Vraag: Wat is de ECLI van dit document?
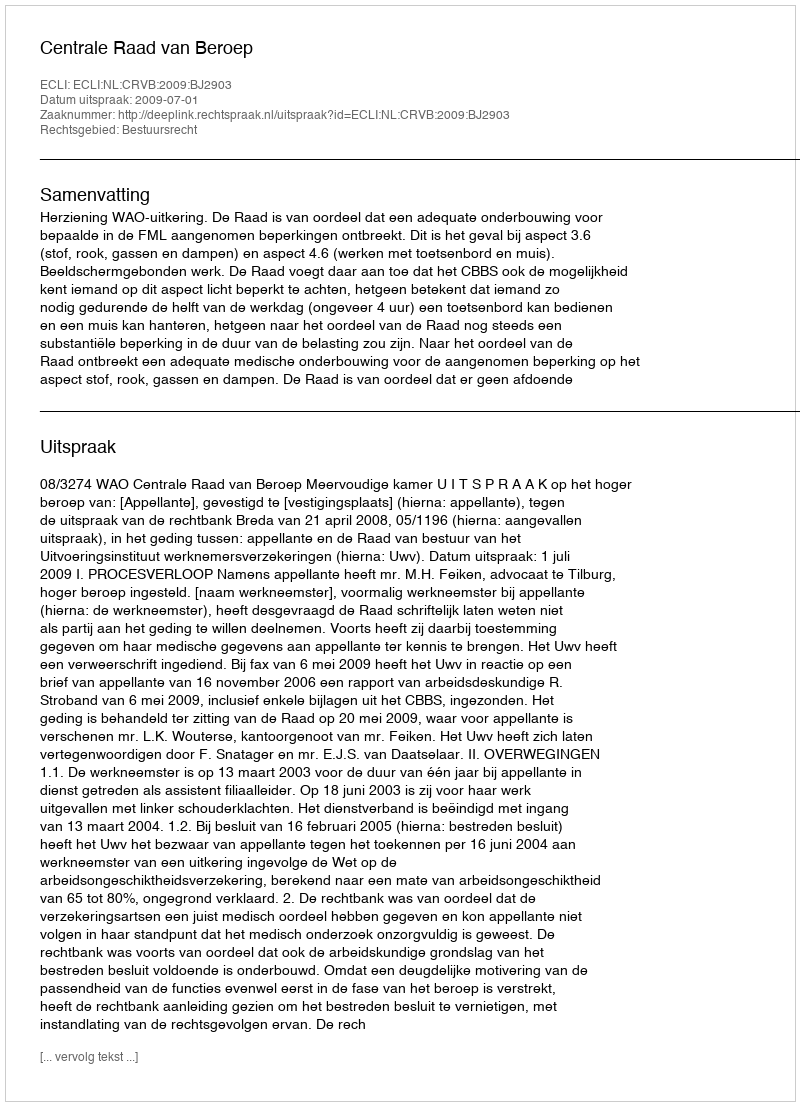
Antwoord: ECLI:NL:CRVB:2009:BJ2903